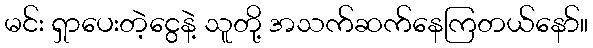
မင်း ရှာပေးတဲ့ငွေနဲ့ သူတို့ အသက်ဆက်နေကြတယ်နော်။